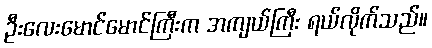
ဦးလေးမောင်မောင်ကြီးက အကျယ်ကြီး ရယ်လိုက်သည်။